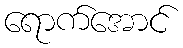
ရောက်အောင်